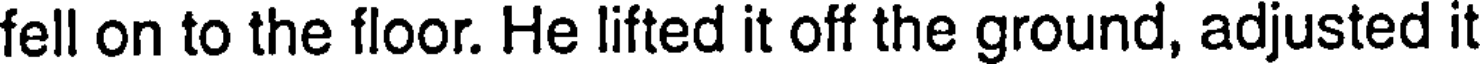
fell on to the floor. He lifted it off the ground, adjusted it